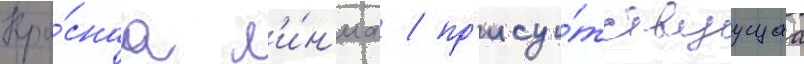
Кра́снаа л'и́н'иа / пр'ису́тствуущаа